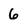
Character: 6